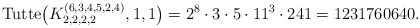
\begin{gather*}{\rm Tutte}\big(K_{2,2,2,2}^{(6,3,4,5,2,4)},1,1\big)=2^8 \cdot 3 \cdot 5 \cdot 11^3 \cdot 241= 1231760640 .\end{gather*}